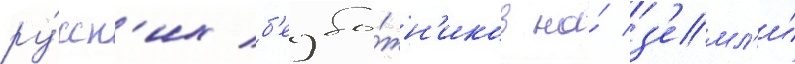
ру́сск'их б'езбо́жн'иков на́ з'емл'и́